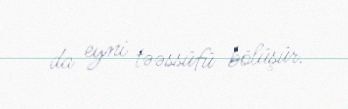
da eyni təəssüfü bölüşür.